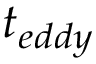
t _ { e d d y }